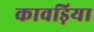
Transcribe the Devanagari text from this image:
कावड़िया